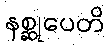
နစ္ဆုပေတိ